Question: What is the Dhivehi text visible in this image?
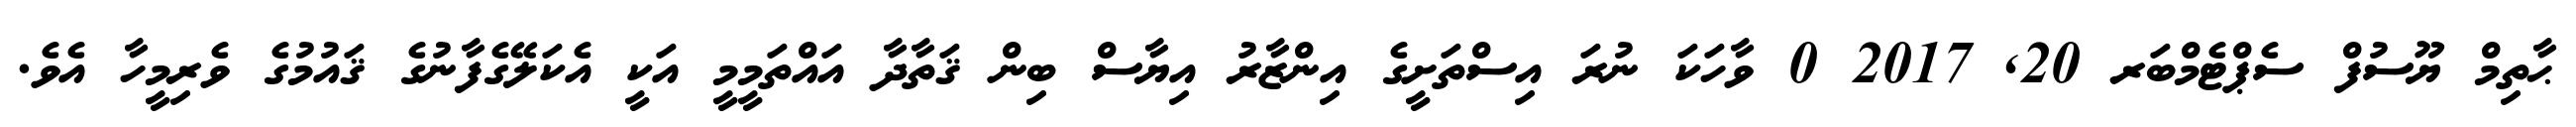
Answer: ޙާތިމް ޔޫސުފް ސެޕްޓެމްބަރ 20, 2017 0 ވާހަކަ ނުރަ އިސްތަށީގެ އިންޒާރު އިޔާސް ބިން ޤަތާދާ އައްތަމީމީ އަކީ އެކަލޭގެފާނުގެ ޤައުމުގެ ވެރިމީހާ އެވެ.